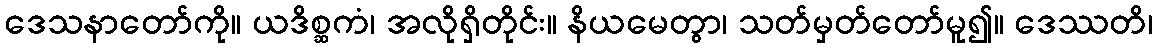
ဒေသနာတော်ကို။ ယဒိစ္ဆကံ၊ အလိုရှိတိုင်း။ နိယမေတွာ၊ သတ်မှတ်တော်မူ၍။ ဒေဿတိ၊